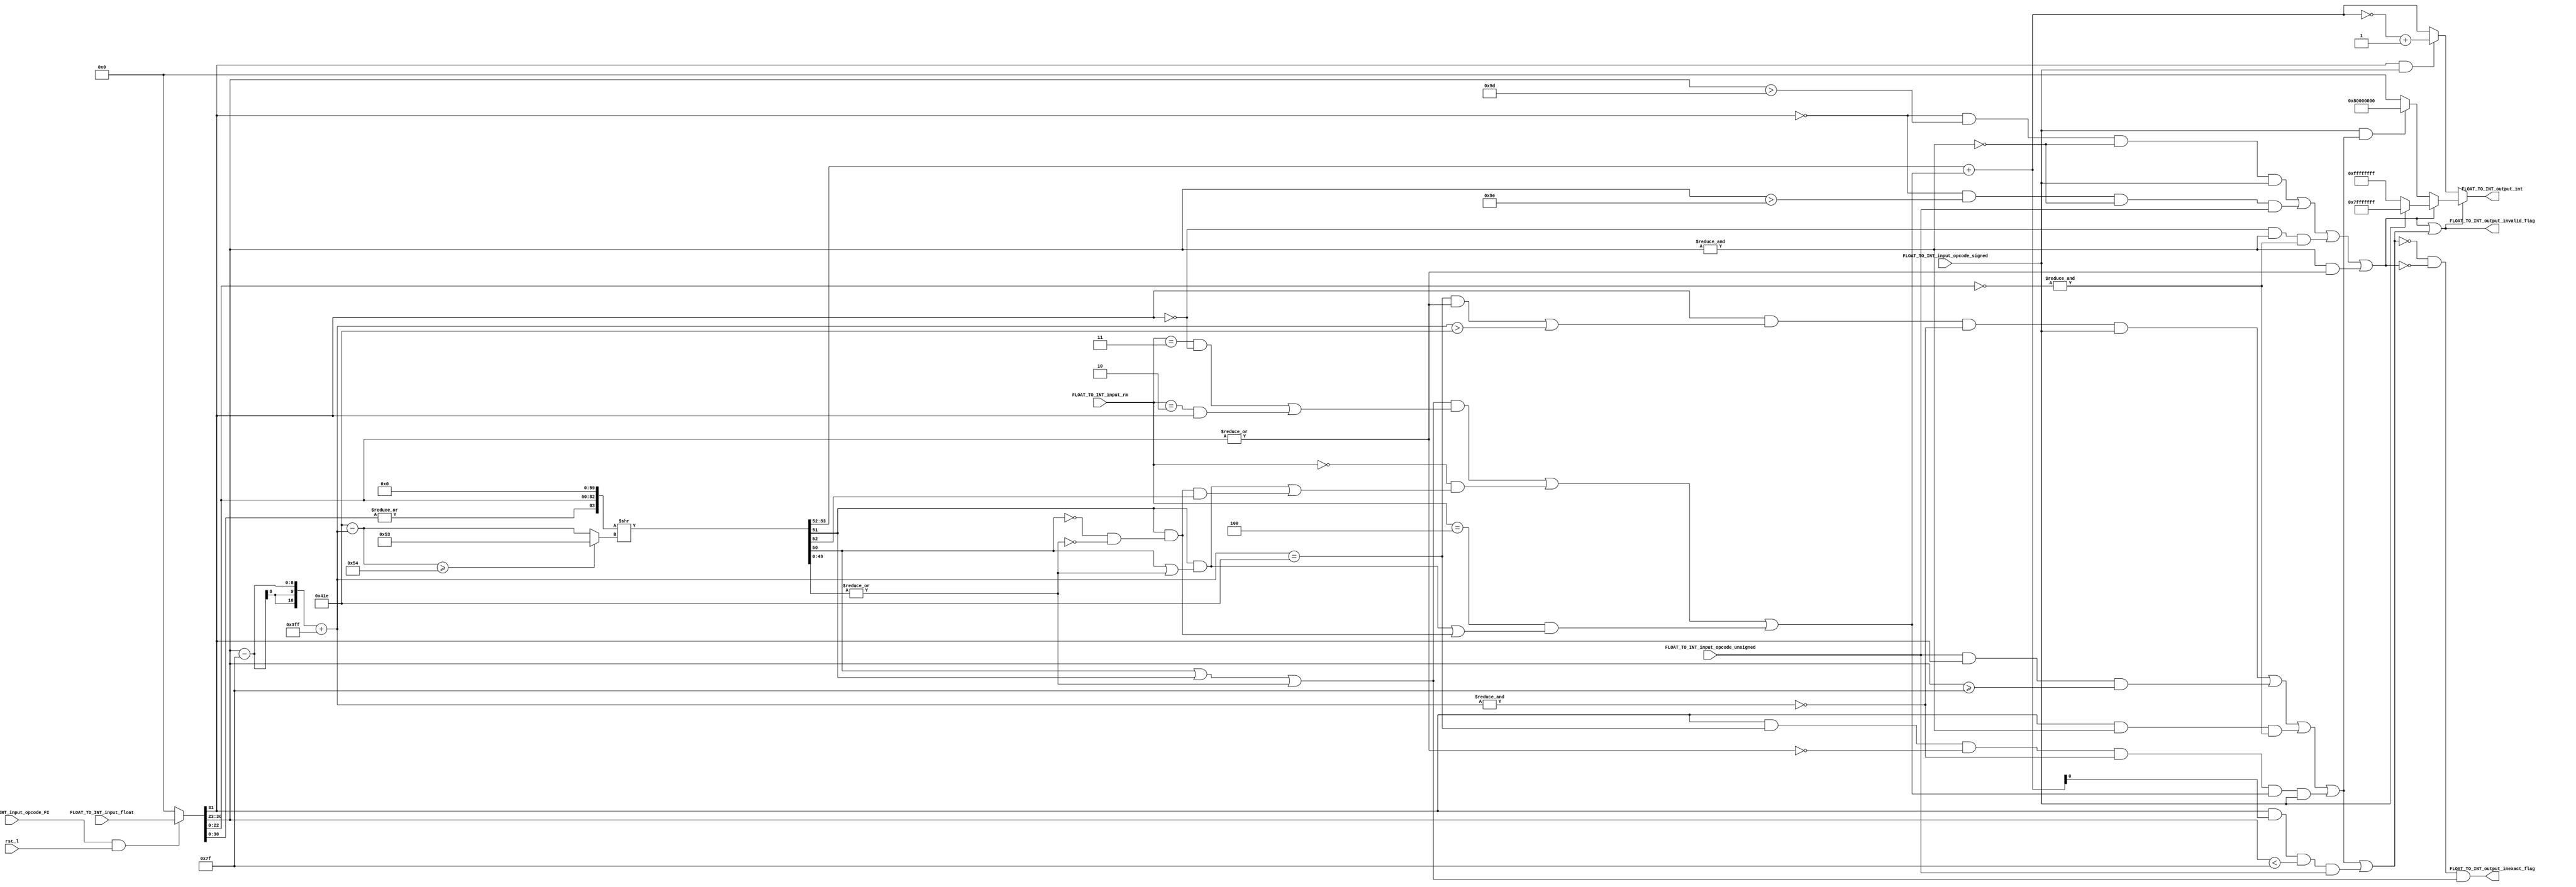
// Copyright 2023 MERL-DSU

// Licensed under the Apache License, Version 2.0 (the "License"); you may not use 
// this file except in compliance with the License. You may obtain a copy of the License at

//   http://www.apache.org/licenses/LICENSE-2.0

// Unless required by applicable law or agreed to in writing, software distributed under the 
// License is distributed on an "AS IS" BASIS, WITHOUT WARRANTIES OR CONDITIONS OF ANY KIND, 
// either express or implied. See the License for the specific language governing permissions 

module FPU_Float_to_Int(FLOAT_TO_INT_input_float, FLOAT_TO_INT_input_rm, FLOAT_TO_INT_input_opcode_FI, FLOAT_TO_INT_input_opcode_signed, FLOAT_TO_INT_input_opcode_unsigned, rst_l, FLOAT_TO_INT_output_int, FLOAT_TO_INT_output_invalid_flag, FLOAT_TO_INT_output_inexact_flag);

parameter std = 31;
parameter man = 22;
parameter exp = 7;
parameter bias = 127;

input [std : 0]FLOAT_TO_INT_input_float;
input [2:0]FLOAT_TO_INT_input_rm;
input FLOAT_TO_INT_input_opcode_FI;
input FLOAT_TO_INT_input_opcode_signed;
input FLOAT_TO_INT_input_opcode_unsigned;
input rst_l;


output [31 : 0]FLOAT_TO_INT_output_int;
output FLOAT_TO_INT_output_invalid_flag;
output FLOAT_TO_INT_output_inexact_flag;

wire [std : 0] FLOAT_TO_INT_input_wire_float;
wire [63 : 0]FLOAT_TO_INT_wire_float_mapped;
wire [10 : 0]FLOAT_TO_INT_wire_shifts_interim;
wire [10 : 0]FLOAT_TO_INT_wire_shifts_final;
wire [83 : 0]FLOAT_TO_INT_wire_shifted_data;
wire FLOAT_TO_INT_wire_condition_inf, FLOAT_TO_INT_wire_condition_rnte, FLOAT_TO_INT_wire_condition_rntmm;
wire FLOAT_TO_INT_wire_rounding;
wire [31 : 0]FLOAT_TO_INT_wire_rounded_int;
wire [31 : 0]FLOAT_TO_INT_wire_main_output;
wire FLOAT_TO_INT_bit_exception_for_max_caught, FLOAT_TO_INT_bit_exception_for_min_caught, FLOAT_TO_INT_bit_pos_infinity_caught, FLOAT_TO_INT_bit_neg_infinity_caught, FLOAT_TO_INT_bit_NaN_caught, FLOAT_TO_INT_bit_subnormal_caught;
wire FLOAT_TO_INT_wire_max, FLOAT_TO_INT_wire_min;
wire FLOAT_TO_INT_bit_fraction_caught;
wire [31 : 0]FLOAT_TO_INT_wire_output_interim_1_1, FLOAT_TO_INT_wire_output_exceptions, FLOAT_TO_INT_wire_output_interim_1_2;
wire FLOAT_TO_INT_bit_exception_for_max_1_caught, FLOAT_TO_INT_bit_exception_for_max_2_caught, FLOAT_TO_INT_bit_exception_for_min_1_caught, FLOAT_TO_INT_bit_exception_for_min_2_caught;
wire FLOAT_TO_INT_wire_hidden_bit_decision;
wire FLOAT_TO_INT_wire_exception_flag;

//Setting the input to zero if rst_l or opcode_FI is low
assign FLOAT_TO_INT_input_wire_float = (FLOAT_TO_INT_input_opcode_FI && rst_l) ? FLOAT_TO_INT_input_float : 32'b0000_0000_0000_0000_0000_0000_0000_0000;

//Mapping the data to 64bit precision std

/* verilator lint_off WIDTH */
assign FLOAT_TO_INT_wire_float_mapped = {FLOAT_TO_INT_input_wire_float[std], (FLOAT_TO_INT_input_wire_float[std-1 : man+1] - bias[exp : 0] + 11'b011_1111_1111), ( {FLOAT_TO_INT_input_wire_float[man:0], {(51-man){1'b0}}} ) };
/* verilator lint_on WIDTH */

//Calculating shift amount
assign FLOAT_TO_INT_wire_shifts_interim = (11'b10000011110 - FLOAT_TO_INT_wire_float_mapped[62:52]);

//Setting the shifts to 83 incase they are greater than 83, 83 not 84 cause hidden 1 is letter required for rounding in case of fraction and subnormal numbers 
assign FLOAT_TO_INT_wire_shifts_final = (FLOAT_TO_INT_wire_shifts_interim >= 84) ? (11'b000_0101_0011) : FLOAT_TO_INT_wire_shifts_interim ;

// Exponent and mantissa are all zero only in case of zeros, Hidden bit is set to zero only for the case of ) for subnormals it is not set to zero since setting it one will make the STICKY bit 1 (due to how the RTL is done which), sticky being one sets the inexact flag to 1. 
assign FLOAT_TO_INT_wire_hidden_bit_decision = (|FLOAT_TO_INT_input_wire_float[std-1 : 0]);
assign FLOAT_TO_INT_wire_shifted_data = {FLOAT_TO_INT_wire_hidden_bit_decision, FLOAT_TO_INT_wire_float_mapped[51:0],31'b0000000000000000000000000000000} >> (FLOAT_TO_INT_wire_shifts_final);

wire [2:0]GRS;
assign GRS = {FLOAT_TO_INT_wire_shifted_data[51], FLOAT_TO_INT_wire_shifted_data[50],(|FLOAT_TO_INT_wire_shifted_data[49:0])};

//Calculating incrementing conditions, if any of the three is high increment is to be done
assign FLOAT_TO_INT_wire_condition_inf = ((FLOAT_TO_INT_wire_shifted_data[50] | FLOAT_TO_INT_wire_shifted_data[51] | (|FLOAT_TO_INT_wire_shifted_data[49:0])) & ((FLOAT_TO_INT_input_rm == 3'b011 & ~FLOAT_TO_INT_wire_float_mapped[63])|(FLOAT_TO_INT_input_rm == 3'b010 & FLOAT_TO_INT_wire_float_mapped[63])));  
assign FLOAT_TO_INT_wire_condition_rnte = (FLOAT_TO_INT_input_rm == 3'b000 & ((FLOAT_TO_INT_wire_shifted_data[51] & (FLOAT_TO_INT_wire_shifted_data[50] | (|FLOAT_TO_INT_wire_shifted_data[49:0]))) | (FLOAT_TO_INT_wire_shifted_data[51] & ((~FLOAT_TO_INT_wire_shifted_data[50]) & ~(|FLOAT_TO_INT_wire_shifted_data[49:0])) & FLOAT_TO_INT_wire_shifted_data[52])));
assign FLOAT_TO_INT_wire_condition_rntmm = (FLOAT_TO_INT_input_rm == 3'b100 & ((FLOAT_TO_INT_wire_shifted_data[51] & (FLOAT_TO_INT_wire_shifted_data[50] | (|FLOAT_TO_INT_wire_shifted_data[49:0]))) | (FLOAT_TO_INT_wire_shifted_data[51] & ((~FLOAT_TO_INT_wire_shifted_data[50]) & ~(|FLOAT_TO_INT_wire_shifted_data[49:0])))));

assign FLOAT_TO_INT_wire_rounding = FLOAT_TO_INT_wire_condition_inf | FLOAT_TO_INT_wire_condition_rnte | FLOAT_TO_INT_wire_condition_rntmm;

//Roudning the Data
assign FLOAT_TO_INT_wire_rounded_int = FLOAT_TO_INT_wire_shifted_data[83:52] + {{31{1'b0}},FLOAT_TO_INT_wire_rounding} ;

//Converting it to 2's compliment depending on opcode and sign of the number
assign FLOAT_TO_INT_wire_main_output = (FLOAT_TO_INT_input_wire_float[std] & FLOAT_TO_INT_input_opcode_signed) ? ((~FLOAT_TO_INT_wire_rounded_int)+1'b1) : (FLOAT_TO_INT_wire_rounded_int) ;

//-------------------------------------EXCEPTION LOGIC---------------------------------------

assign FLOAT_TO_INT_bit_exception_for_max_caught = 
(((!FLOAT_TO_INT_input_wire_float[std])&                      //If sign is 0 +ve
(FLOAT_TO_INT_input_wire_float[std-1 : man+1] > 30+bias) &    //Exponent is greater than 30
(~(&FLOAT_TO_INT_input_wire_float[std-1 : man+1]))&           //Exponent is not all 1 (INF and NAN)
(FLOAT_TO_INT_input_opcode_signed))                           //Signed operation is being carried out
|
((!FLOAT_TO_INT_input_wire_float[std])&                       //If sign is zero +ve
(FLOAT_TO_INT_input_wire_float[std-1 : man+1] > 31+bias) &    //Exponent is greater than 31
(~(&FLOAT_TO_INT_input_wire_float[std-1 : man+1]))&           //Exponent is not all 1 (INF and NAN)
(FLOAT_TO_INT_input_opcode_unsigned)));                       //Unsigned operation is being carried out

assign FLOAT_TO_INT_bit_exception_for_min_caught =
(((FLOAT_TO_INT_wire_float_mapped[63])& 
(((FLOAT_TO_INT_wire_float_mapped[62 : 52] == 31+1023)	& ((|FLOAT_TO_INT_wire_float_mapped[51 : 22]))) | (FLOAT_TO_INT_wire_float_mapped[62 : 52] > 31+1023))& 	 
(~(&FLOAT_TO_INT_wire_float_mapped[62 : 52]))&
(FLOAT_TO_INT_input_opcode_signed))
|
(FLOAT_TO_INT_input_opcode_unsigned& 
(FLOAT_TO_INT_input_wire_float[std])&
FLOAT_TO_INT_input_wire_float[std-1 : man+1] >= bias));//Fractional negative number can become zero due to the selected ronding mode and in such cases will not raise invalid flag.
//Therefore min bit is set to high only for exp greater than bias.

//Checking for +ve  INF
assign FLOAT_TO_INT_bit_pos_infinity_caught = ((~FLOAT_TO_INT_input_wire_float[std]) & (&FLOAT_TO_INT_input_wire_float[std-1 : man+1]) & (&(~FLOAT_TO_INT_input_wire_float[man:0])));

//Checking for -ve INF
assign FLOAT_TO_INT_bit_neg_infinity_caught = ((FLOAT_TO_INT_input_wire_float[std]) & (&FLOAT_TO_INT_input_wire_float[std-1 : man+1]) & (&(~FLOAT_TO_INT_input_wire_float[man:0])));

//Checking for NANs
assign FLOAT_TO_INT_bit_NaN_caught = ((&FLOAT_TO_INT_input_wire_float[std-1 : man+1]) & (|FLOAT_TO_INT_input_wire_float[man:0]));

//Checking for subnormal numbers
assign FLOAT_TO_INT_bit_subnormal_caught = (FLOAT_TO_INT_input_wire_float[std-1 : man+1] == 0) & (|FLOAT_TO_INT_input_wire_float[man:0]);

//Exponent is lesser than BIAS means number is a fraction, Exponent is not all zero means number is not zero and number is not a subnormal. Condition of subnormal and zero is added since EXP of these numbers is 0 and 0 is lesser than BIAS
assign FLOAT_TO_INT_bit_fraction_caught = (FLOAT_TO_INT_input_wire_float[std-1 : man+1] < bias) & (|FLOAT_TO_INT_input_wire_float[std-1 : man+1]) & (!FLOAT_TO_INT_bit_subnormal_caught);

//Number goes out of range due to rounding
//Signed max
assign FLOAT_TO_INT_bit_exception_for_max_1_caught = 
((!FLOAT_TO_INT_input_wire_float[std])&                 //If sign is zero +ve
(FLOAT_TO_INT_wire_float_mapped[62:52] == 30+1023) &     //Exponent == 30
(~(&FLOAT_TO_INT_wire_float_mapped[62:52]))&             //Exponent is not all 1 (INF and NAN)
(&FLOAT_TO_INT_wire_float_mapped[51 : 21])&              //MSB 32 are all 1
(FLOAT_TO_INT_wire_rounding)&                            //Rounding is to be done
(FLOAT_TO_INT_input_opcode_signed));                     //Signed operation is being carried out

//Unsigned max
assign FLOAT_TO_INT_bit_exception_for_max_2_caught = 
((!FLOAT_TO_INT_input_wire_float[std])&                //If sign is zero +ve
(FLOAT_TO_INT_wire_float_mapped[62:52] == 31+1023) &    //Exponent == 31
(~(&FLOAT_TO_INT_wire_float_mapped[62:52]))&            //Exponent is not all 1 (INF and NAN)
(&FLOAT_TO_INT_wire_float_mapped[51 : 21])&             //MSB 32 are all 1
(FLOAT_TO_INT_wire_rounding)&                           //Rounding is to be done
(FLOAT_TO_INT_input_opcode_unsigned));                  //Unsigned operation is being carried out

//Signed min
assign FLOAT_TO_INT_bit_exception_for_min_1_caught =
((FLOAT_TO_INT_input_wire_float[std])&                 //If sign is one -ve
(FLOAT_TO_INT_wire_float_mapped[62:52] == 31+1023)&     //Exponent == 31
(!(|FLOAT_TO_INT_wire_float_mapped[51 : 21]))& 	        //Integer bits of mantissa are all zero
(~(&FLOAT_TO_INT_wire_float_mapped[62:52]))&            //Exponent is not all 1 (INF and NAN)
(FLOAT_TO_INT_wire_rounding)&                           //Rounding up is to done
(FLOAT_TO_INT_input_opcode_signed));                    //Signed operation is to be done

assign FLOAT_TO_INT_bit_exception_for_min_2_caught =
(FLOAT_TO_INT_input_wire_float[std])&                  //If sign is one -ve
(FLOAT_TO_INT_wire_rounded_int[0])&                       //Rounded result is 1
(FLOAT_TO_INT_input_wire_float[std-1 : man+1] < bias)& //Exponent < Bias (Fractional numbers)
FLOAT_TO_INT_input_opcode_unsigned;                    //Signed operation is to be done


assign FLOAT_TO_INT_wire_max = FLOAT_TO_INT_bit_exception_for_max_caught | FLOAT_TO_INT_bit_pos_infinity_caught | FLOAT_TO_INT_bit_NaN_caught | FLOAT_TO_INT_bit_exception_for_max_1_caught | FLOAT_TO_INT_bit_exception_for_max_2_caught;
//Subnormal and fraction are removed from min condition since they can be handled by main unit it self
assign FLOAT_TO_INT_wire_min = FLOAT_TO_INT_bit_exception_for_min_caught | FLOAT_TO_INT_bit_neg_infinity_caught | FLOAT_TO_INT_bit_exception_for_min_1_caught | FLOAT_TO_INT_bit_exception_for_min_2_caught;

assign FLOAT_TO_INT_wire_output_interim_1_1 = (FLOAT_TO_INT_input_opcode_signed) ? 32'b0111_1111_1111_1111_1111_1111_1111_1111 : 32'b1111_1111_1111_1111_1111_1111_1111_1111 ;
assign FLOAT_TO_INT_wire_output_interim_1_2 = (FLOAT_TO_INT_input_opcode_signed & (FLOAT_TO_INT_bit_exception_for_min_caught | FLOAT_TO_INT_bit_neg_infinity_caught | FLOAT_TO_INT_bit_exception_for_min_1_caught)) ? 32'b1000_0000_0000_0000_0000_0000_0000_0000 : 32'b0000_0000_0000_0000_0000_0000_0000_0000 ;

assign FLOAT_TO_INT_wire_output_exceptions = (FLOAT_TO_INT_wire_max) ? FLOAT_TO_INT_wire_output_interim_1_1 : FLOAT_TO_INT_wire_output_interim_1_2 ;

assign FLOAT_TO_INT_wire_exception_flag =  (FLOAT_TO_INT_wire_max | FLOAT_TO_INT_wire_min);

assign FLOAT_TO_INT_output_int = FLOAT_TO_INT_wire_exception_flag ? FLOAT_TO_INT_wire_output_exceptions : FLOAT_TO_INT_wire_main_output ;

//STICKY bit is getting high for exceptional data therefore in case of exceptional data inexact flag is nulified so that it doesnt get high
assign FLOAT_TO_INT_output_inexact_flag = (((!FLOAT_TO_INT_wire_min) & (!FLOAT_TO_INT_wire_max)) & (| FLOAT_TO_INT_wire_shifted_data[50] | FLOAT_TO_INT_wire_shifted_data[51] | (|FLOAT_TO_INT_wire_shifted_data[49:0]))) ;

assign FLOAT_TO_INT_output_invalid_flag = (FLOAT_TO_INT_wire_max | FLOAT_TO_INT_wire_min);

endmodule